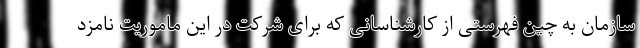
سازمان به چین فهرستی از کارشناسانی که برای شرکت در این ماموریت نامزد